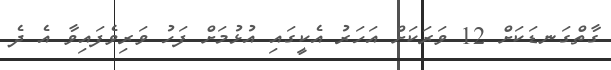
ގާތްގަނޑަކަށް 12 ވަރަކަށް އަހަރު އެކީގައި އުޅުމަށް ފަހު ވަރިވެފައިވާ އެ ދެ